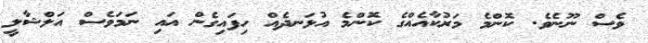
ވެސް ނޫނެވެ. ކޮންމެ މަރުކާއެއްގެ ކޮންމެ އުޅަނދެއް ހިފައިގެން އައި ނަމަވެސް އަލްޝާލީ